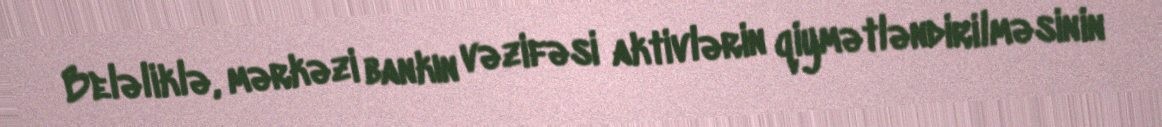
Beləliklə, mərkəzi bankın vəzifəsi aktivlərin qiymətləndirilməsinin